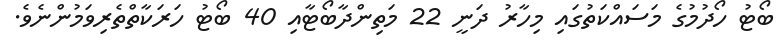
ބޯޓު ހޯދުމުގެ މަސައްކަތުގައި މިހާރު ދަނީ 22 މަތިންދާބޯޓާއި 40 ބޯޓު ހަރަކާތްތެރިވަމުންނެވެ.